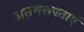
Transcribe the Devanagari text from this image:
असमरूपताएं